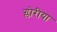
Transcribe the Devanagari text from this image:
ग्लोरीया